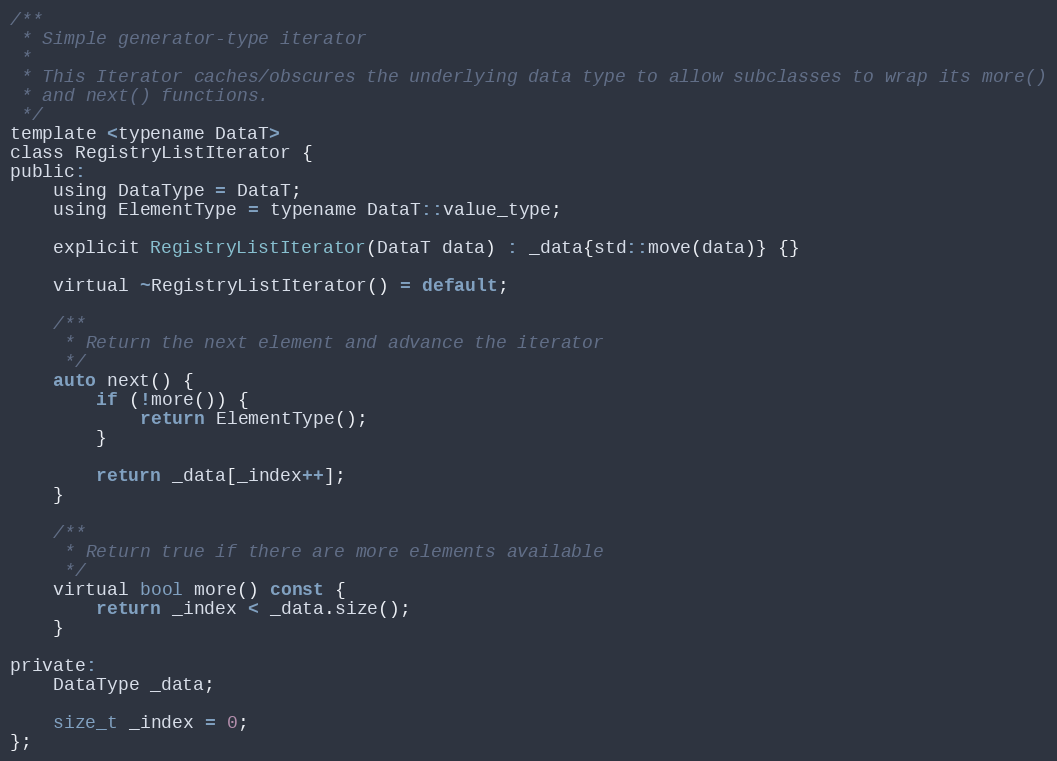
Language: C
/**
 * Simple generator-type iterator
 *
 * This Iterator caches/obscures the underlying data type to allow subclasses to wrap its more()
 * and next() functions.
 */
template <typename DataT>
class RegistryListIterator {
public:
    using DataType = DataT;
    using ElementType = typename DataT::value_type;

    explicit RegistryListIterator(DataT data) : _data{std::move(data)} {}

    virtual ~RegistryListIterator() = default;

    /**
     * Return the next element and advance the iterator
     */
    auto next() {
        if (!more()) {
            return ElementType();
        }

        return _data[_index++];
    }

    /**
     * Return true if there are more elements available
     */
    virtual bool more() const {
        return _index < _data.size();
    }

private:
    DataType _data;

    size_t _index = 0;
};